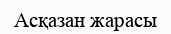
Асқазан жарасы